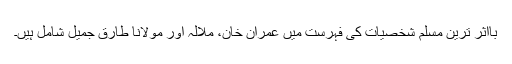
بااثر ترین مسلم شخصیات کی فہرست میں عمران خان، ملالہ اور مولانا طارق جمیل شامل ہیں۔